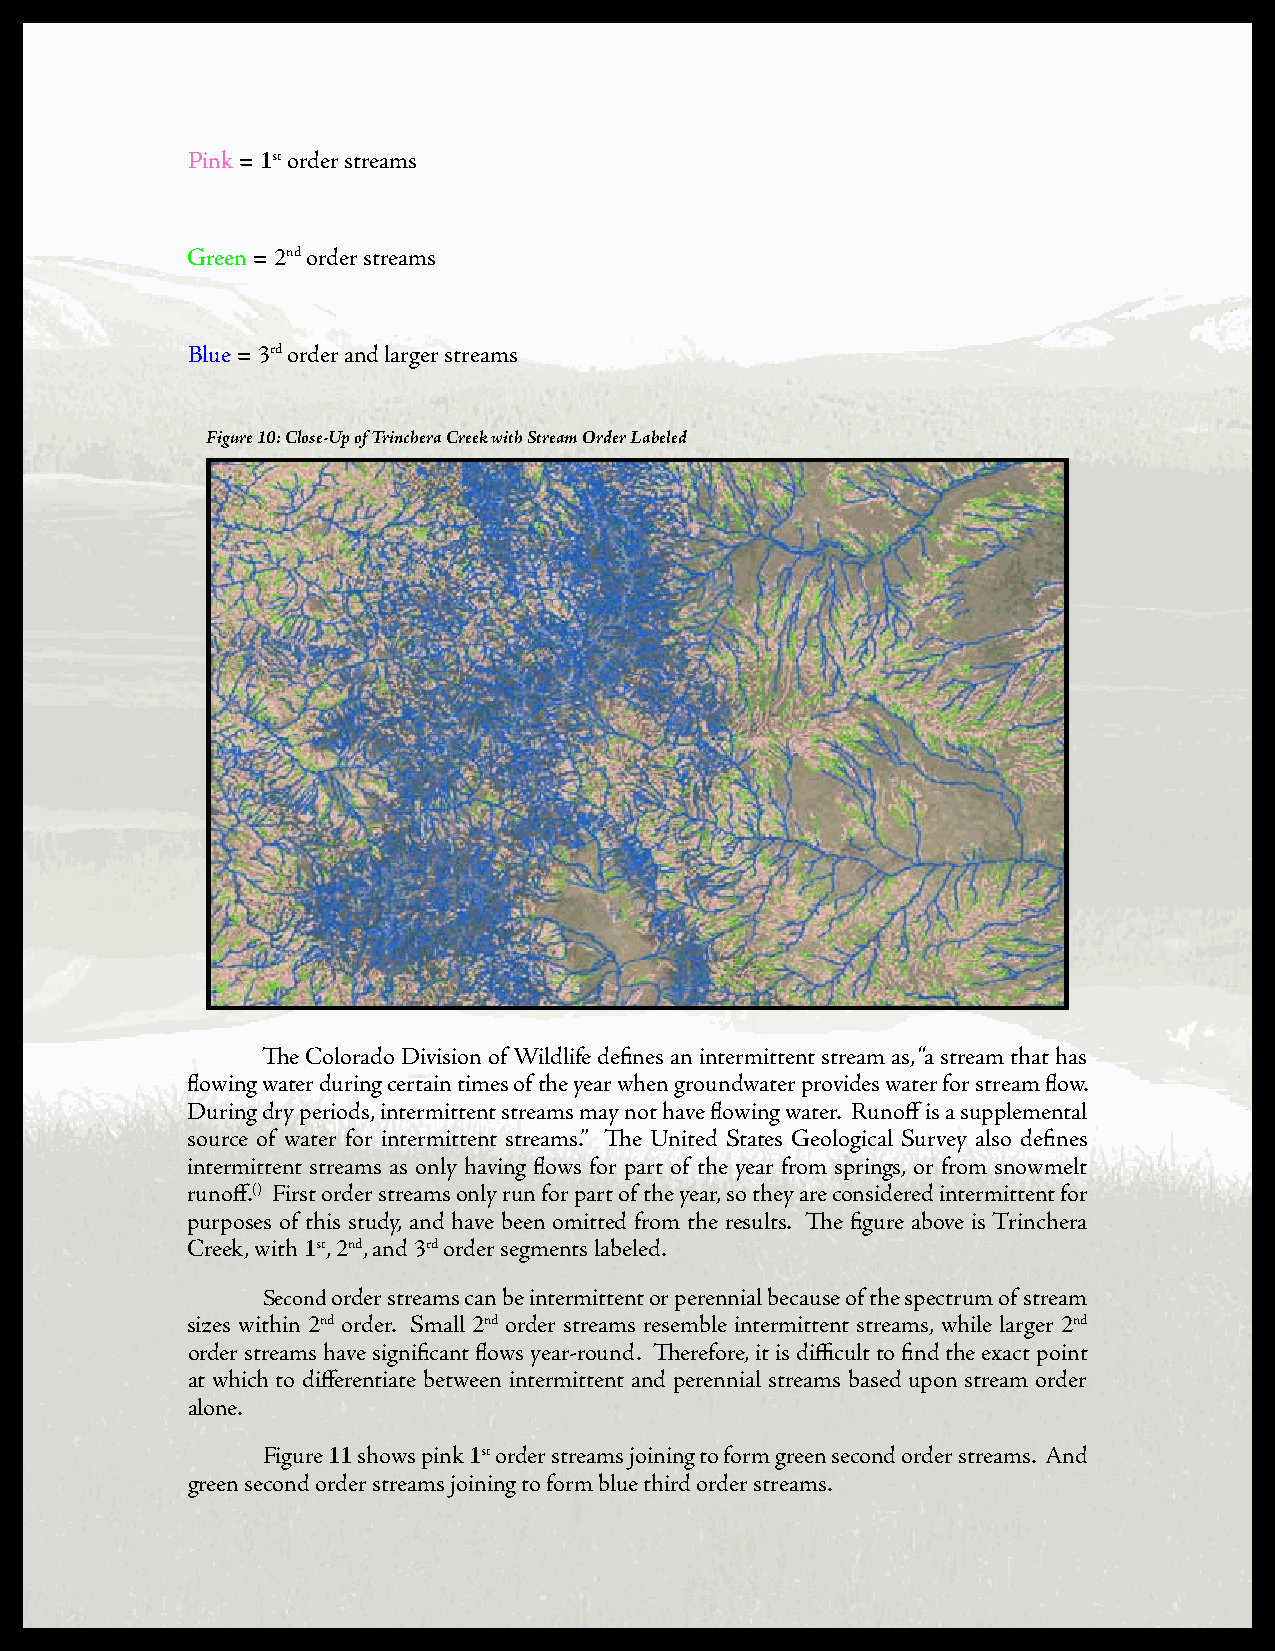
Pink = 1st order streams
 Green = 2nd order streams
 Blue = 3rd order and larger streams
 Figure 10: Close-Up of Trinchera Creek with Stream Order Labeled
 The Colorado Division of Wildlife defines an intermittent stream as, “a stream that has
 flowing water during certain times of the year when groundwater provides water for stream flow.
 During dry periods, intermittent streams may not have flowing water. Runoff is a supplemental
 source of water for intermittent streams.” The United States Geological Survey also defines
 intermittent streams as only having flows for part of the year from springs, or from snowmelt
 runoff.() First order streams only run for part of the year, so they are considered intermittent for
 purposes of this study, and have been omitted from the results. The figure above is Trinchera
 Creek, with 1st, 2nd, and 3rd order segments labeled.
 Second order streams can be intermittent or perennial because of the spectrum of stream
 sizes within 2nd order. Small 2nd order streams resemble intermittent streams, while larger 2nd
 order streams have significant flows year-round. Therefore, it is difficult to find the exact point
 at which to differentiate between intermittent and perennial streams based upon stream order
 alone.
 Figure 11 shows pink 1st order streams joining to form green second order streams. And
 green second order streams joining to form blue third order streams.